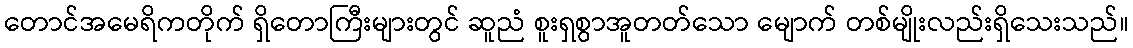
တောင်အမေရိကတိုက် ရှိတောကြီးများတွင် ဆူညံ စူးရှစွာအူတတ်သော မျောက် တစ်မျိုးလည်းရှိသေးသည်။